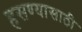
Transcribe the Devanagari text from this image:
हसण्यासाठी